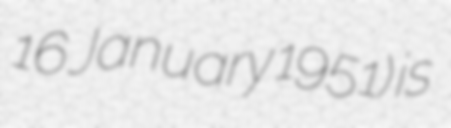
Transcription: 16 January 1951) is